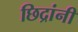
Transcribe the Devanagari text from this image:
छिद्रांनी